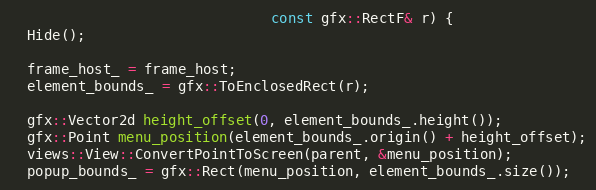
Language: C++
                               const gfx::RectF& r) {
  Hide();

  frame_host_ = frame_host;
  element_bounds_ = gfx::ToEnclosedRect(r);

  gfx::Vector2d height_offset(0, element_bounds_.height());
  gfx::Point menu_position(element_bounds_.origin() + height_offset);
  views::View::ConvertPointToScreen(parent, &menu_position);
  popup_bounds_ = gfx::Rect(menu_position, element_bounds_.size());